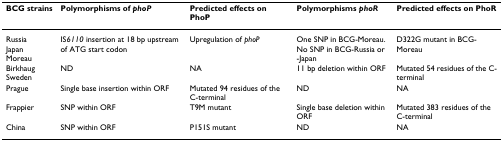
| BCG strains | Polymorphisms of phoP | Predicted effects on PhoP | Polymorphisms phoR | Predicted effects on PhoR |
 | --- | --- | --- | --- | --- |
 | RussiaJapanMoreau | IS6110 insertion at 18 bp upstream of ATG start codon | Upregulation of phoP | One SNP in BCG-Moreau.No SNP in BCG-Russia or -Japan | D322G mutant in BCG-Moreau |
 | BirkhaugSweden | ND | NA | 11 bp deletion within ORF | Mutated 54 residues of the C-terminal |
 | Prague | Single base insertion within ORF | Mutated 94 residues of the C-terminal | ND | NA |
 | Frappier | SNP within ORF | T9M mutant | Single base deletion within ORF | Mutated 383 residues of the C-terminal |
 | China | SNP within ORF | P151S mutant | ND | NA |